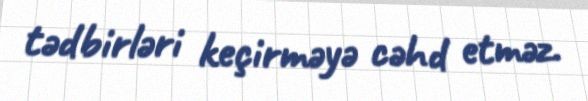
tədbirləri keçirməyə cəhd etməz.